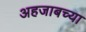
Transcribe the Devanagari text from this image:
अहजाबच्या